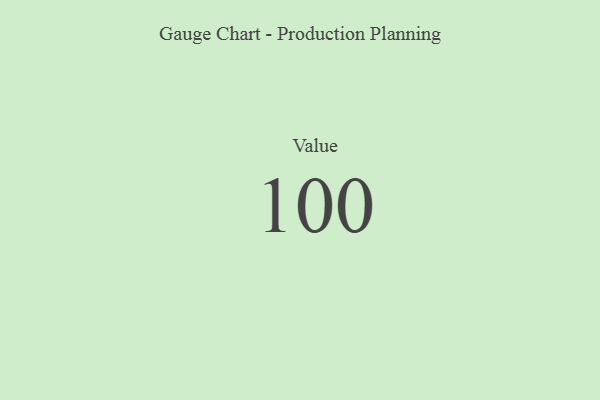
{"axis": {"x": "Metric", "y": "Value"}, "legend": [""], "data": [{"x": "Value", "y": 100, "type": ""}]}